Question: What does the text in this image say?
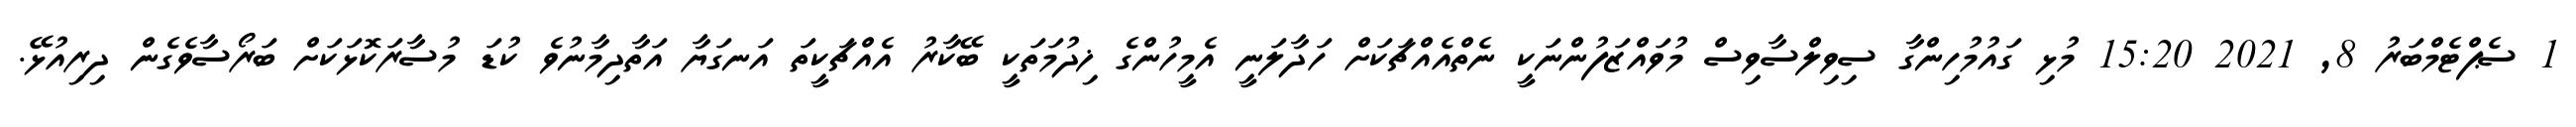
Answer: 1 ސެޕްޓެމްބަރު 8, 2021 15:20 މުޅި ގައުމުހިންގާ ސިވިލްސާވިސް މުވައްޒަފުންނަކީ ނެތްއެއްޗަކަށް ހަދާލަނީ އެމީހުންގެ ޚިދުމަތަކީ ބޭކާރު އެއްޗަކީތަ އަނގަޔާ އަތާދިމާނުވެ ކުޑަ މުސާރަކޮޅަކަށް ބަރޯސާވެގެން ދިރިއުޅޭ.